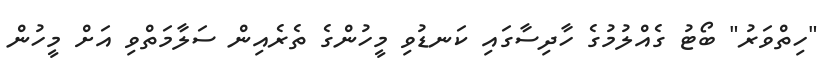
"ހިތްވަރު" ބޯޓު ގެއްލުމުގެ ހާދިސާގައި ކަނޑުވި މީހުންގެ ތެރެއިން ސަލާމަތްވި އަށް މީހުން